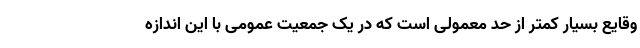
وقایع بسیار کمتر از حد معمولی است که در یک جمعیت عمومی با این اندازه